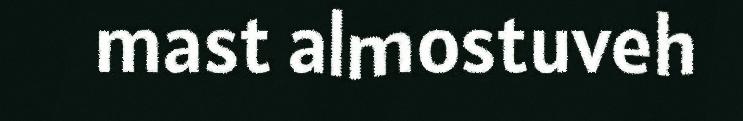
mast almostuveh